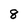
Character: 8